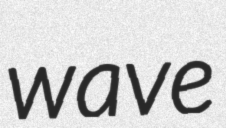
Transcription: wave